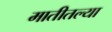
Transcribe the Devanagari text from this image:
मातीतल्या